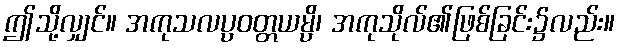
ဤသို့လျှင်။ အကုသလပ္ပဝတ္တယမ္ပိ၊ အကုသိုလ်၏ဖြစ်ခြင်း၌လည်း။